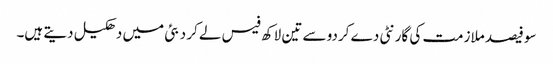
سو فیصد ملازمت کی گارنٹی دے کردو سے تین لاکھ فیس لے کر دبئی میں دھکیل دیتے ہیں۔